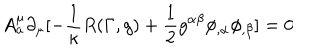
LaTeX: A _ { a } ^ { \mu } \partial _ { \mu } [ - \frac { 1 } { \kappa } R ( \Gamma , g ) + \frac { 1 } { 2 } g ^ { \alpha \beta } \phi _ { , \alpha } \phi _ { , \beta } ] = 0